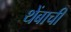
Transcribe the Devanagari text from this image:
थेंबाची